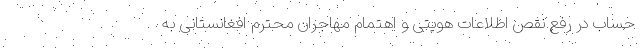
حساب در رفع نقص اطلاعات هویتی و اهتمام مهاجران محترم افغانستانی به